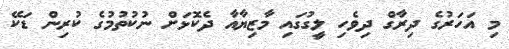
މި އަހަރުގެ ދިރާގް ދިވެހި ލީގުގައި މާޒިޔާއާ ދެކޮޅަށް ނުކުތުމުގެ ކުރިން ޑަކޭ